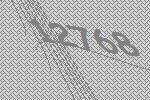
12768